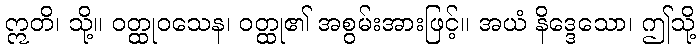
ဣတိ၊ သို့။ ဝတ္ထုဝသေန၊ ဝတ္ထု၏ အစွမ်းအားဖြင့်။ အယံ နိဒ္ဒေသော၊ ဤသို့